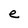
Character: e